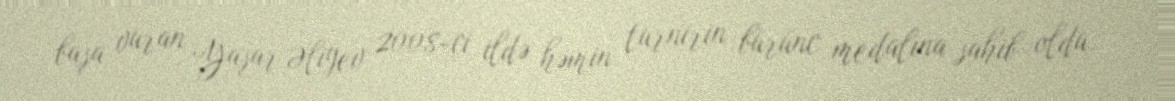
başa vuran Yaşar Əliyev 2008-ci ildə həmin turnirin bürünc medalına sahib oldu.